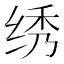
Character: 绣